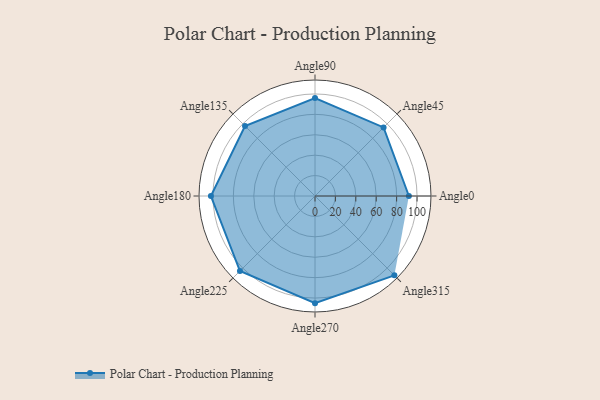
{"axis": {"x": "Angle", "y": "Radius"}, "legend": [""], "data": [{"x": "Angle0", "y": 92.0, "type": ""}, {"x": "Angle45", "y": 95.0, "type": ""}, {"x": "Angle90", "y": 96.0, "type": ""}, {"x": "Angle135", "y": 97.0, "type": ""}, {"x": "Angle180", "y": 102.0, "type": ""}, {"x": "Angle225", "y": 104.0, "type": ""}, {"x": "Angle270", "y": 105.0, "type": ""}, {"x": "Angle315", "y": 110.0, "type": ""}]}